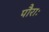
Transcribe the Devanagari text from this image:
पौराः